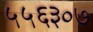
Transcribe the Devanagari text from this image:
५५६३०७